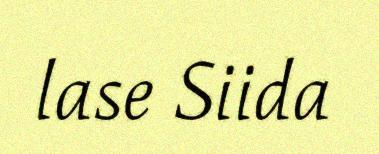
lase Siida